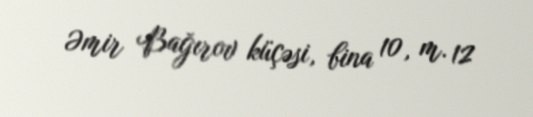
Əmir Bağırov küçəsi, bina 10, m. 12